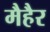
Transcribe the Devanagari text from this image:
मैहैर